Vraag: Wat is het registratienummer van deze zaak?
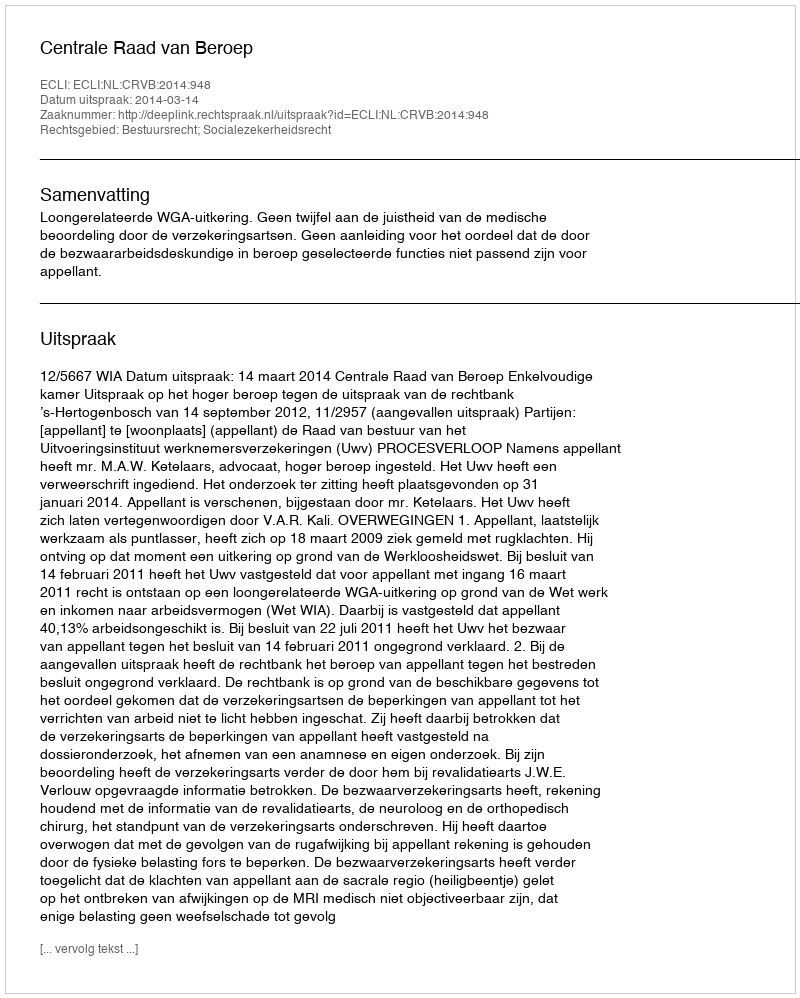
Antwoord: http://deeplink.rechtspraak.nl/uitspraak?id=ECLI:NL:CRVB:2014:948